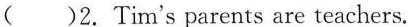
( )2. Tim's parents are teachers.